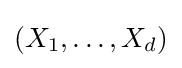
(X_{1},\dots ,X_{d})